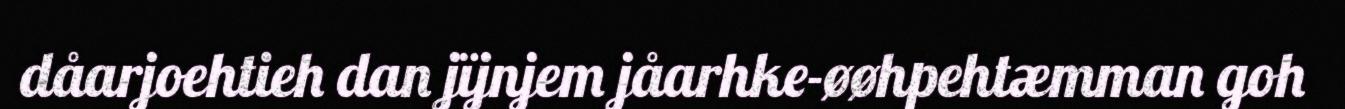
dåarjoehtieh dan jïjnjem jåarhke-øøhpehtæmman goh